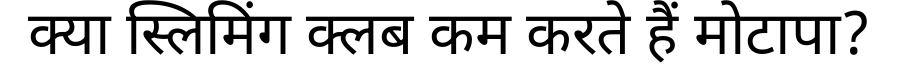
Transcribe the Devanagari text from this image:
क्या स्लिमिंग क्लब कम करते हैं मोटापा?